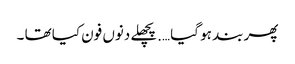
پھر بند ہو گیا ….پچھلے دنوں فون کیا تھا ۔